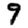
Digit: 9